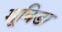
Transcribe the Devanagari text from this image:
मूविडा